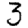
Digit: 3